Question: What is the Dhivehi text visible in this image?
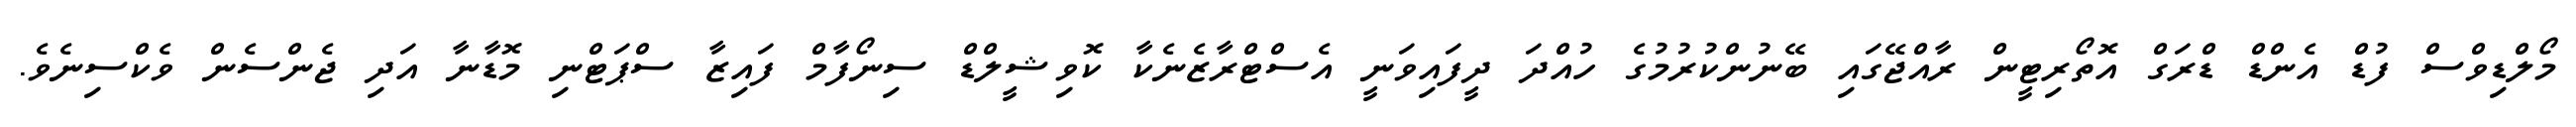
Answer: މޯލްޑިވްސް ފުޑް އެންޑް ޑްރަގް އޮތޯރިޓީން ރާއްޖޭގައި ބޭނުންކުރުމުގެ ހުއްދަ ދީފައިވަނީ އެސްޓްރާޒެނެކާ ކޮވިޝީލްޑް ސިނޯފާމް ފައިޒާ ސްޕަޓްނި މޮޑާނާ އަދި ޖެންސެން ވެކްސިނެވެ.